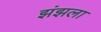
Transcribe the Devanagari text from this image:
झंझला